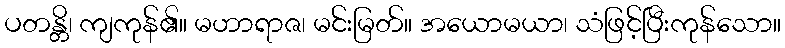
ပတန္တိ၊ ကျကုန်၏။ မဟာရာဇ၊ မင်းမြတ်။ အယောမယာ၊ သံဖြင့်ပြီးကုန်သော။